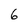
Character: 6